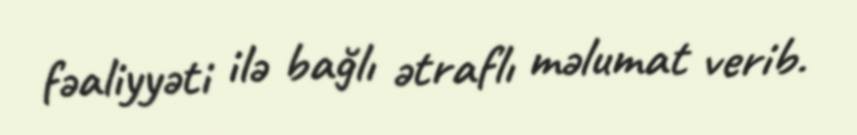
fəaliyyəti ilə bağlı ətraflı məlumat verib.